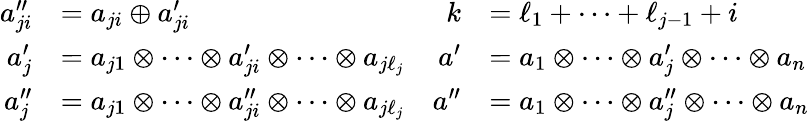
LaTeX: \begin{array}{rlrl}{a_{ji}^{\prime\prime}}&{=a_{ji}\oplus a_{ji}^{\prime}}&{k}&{=\ell_{1}+\cdots+\ell_{j-1}+i}\\ {a_{j}^{\prime}}&{=a_{j1}\otimes\cdots\otimes a_{ji}^{\prime}\otimes\cdots\otimes a_{j\ell_{j}}}&{a^{\prime}}&{=a_{1}\otimes\cdots\otimes a_{j}^{\prime}\otimes\cdots\otimes a_{n}}\\ {a_{j}^{\prime\prime}}&{=a_{j1}\otimes\cdots\otimes a_{ji}^{\prime\prime}\otimes\cdots\otimes a_{j\ell_{j}}}&{a^{\prime\prime}}&{=a_{1}\otimes\cdots\otimes a_{j}^{\prime\prime}\otimes\cdots\otimes a_{n}}\end{array}